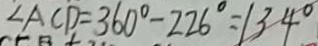
\angle A C D = 3 6 0 ^ { \circ } - 2 2 6 ^ { \circ } = 1 3 4 ^ { \circ }